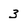
Character: 3